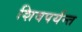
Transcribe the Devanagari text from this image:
शिवपर्यन्त